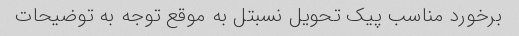
برخورد مناسب پیک تحویل نسبتل به موقع توجه به توضیحات